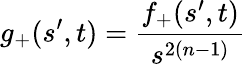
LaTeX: g_{+}(s^{\prime},t)=\frac{f_{+}(s^{\prime},t)}{s^{2(n-1)}}